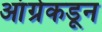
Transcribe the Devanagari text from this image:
आंग्रेकडून